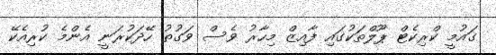
ގައުމީ ކްރިކެޓް ޕޫލްތަކުގައި ފާއިޒް މިހާރު ވެސް ވަގުތު ހޭދަކުރަނީ އެންމެ ކުރިއެކޭ